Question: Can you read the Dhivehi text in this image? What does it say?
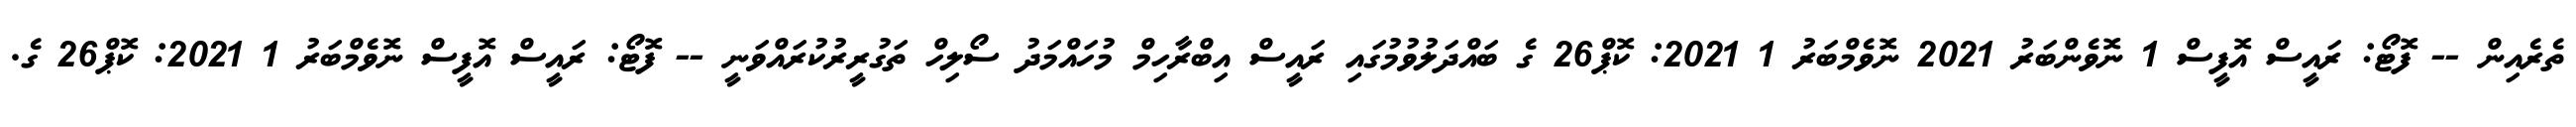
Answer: ތެރެއިން -- ފޮޓޯ: ރައީސް އޮފީސް 1 ނޮވެންބަރު 2021 ނޮވެމްބަރު 1 2021: ކޮޕް26 ގެ ބައްދަލުވުމުގައި ރައީސް އިބްރާހިމް މުހައްމަދު ސޯލިހް ތަގުރީރުކުރައްވަނީ -- ފޮޓޯ: ރައީސް އޮފީސް ނޮވެމްބަރު 1 2021: ކޮޕް26 ގެ.